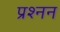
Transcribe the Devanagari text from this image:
प्रश्नन